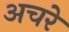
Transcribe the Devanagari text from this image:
अचरे